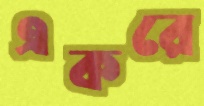
একরে